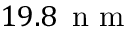
1 9 . 8 \, \mathrm { ~ n ~ m ~ }